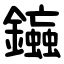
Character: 䥰